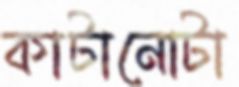
কাটানোটা